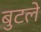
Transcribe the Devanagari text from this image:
बुटले